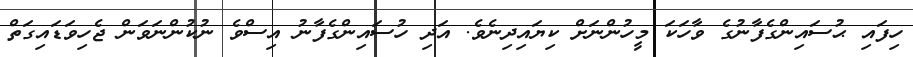
ހިފައި ޙުސައިންގެފާނުގެ ވާހަކަ މީހުންނަށް ކިޔައިދިނެވެ. އަދި ހުސައިންގެފާނު އިސްވެ ނުކުންނަވަން ޖެހިވަޑައިގަތް